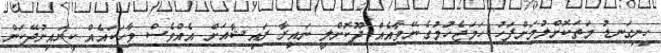
ހިނިގަނޑު މަތަކޮށްލުމަށްފަހު ހަމަޖެހުމުގެ ނޭވާއެއް ދޫކޮށްލީ ނައިރާ ރައިޝާއަށް އެއްވެސް ވާހަކައެއް ކިޔައިނުދޭކަން